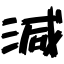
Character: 減